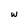
Character: w